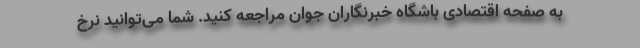
به صفحه اقتصادی باشگاه خبرنگاران جوان مراجعه کنید. شما می‌توانید نرخ